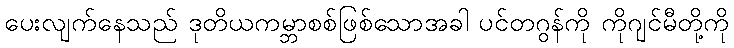
ပေးလျက်နေသည် ဒုတိယကမ္ဘာစစ်ဖြစ်သောအခါ ပင်တဂွန်ကို ကိုဂျင်မီတို့ကို